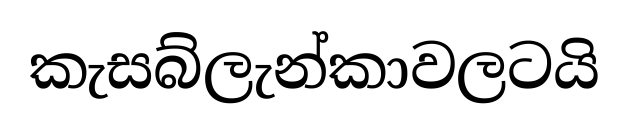
කැසබ්ලැන්කාවලටයි